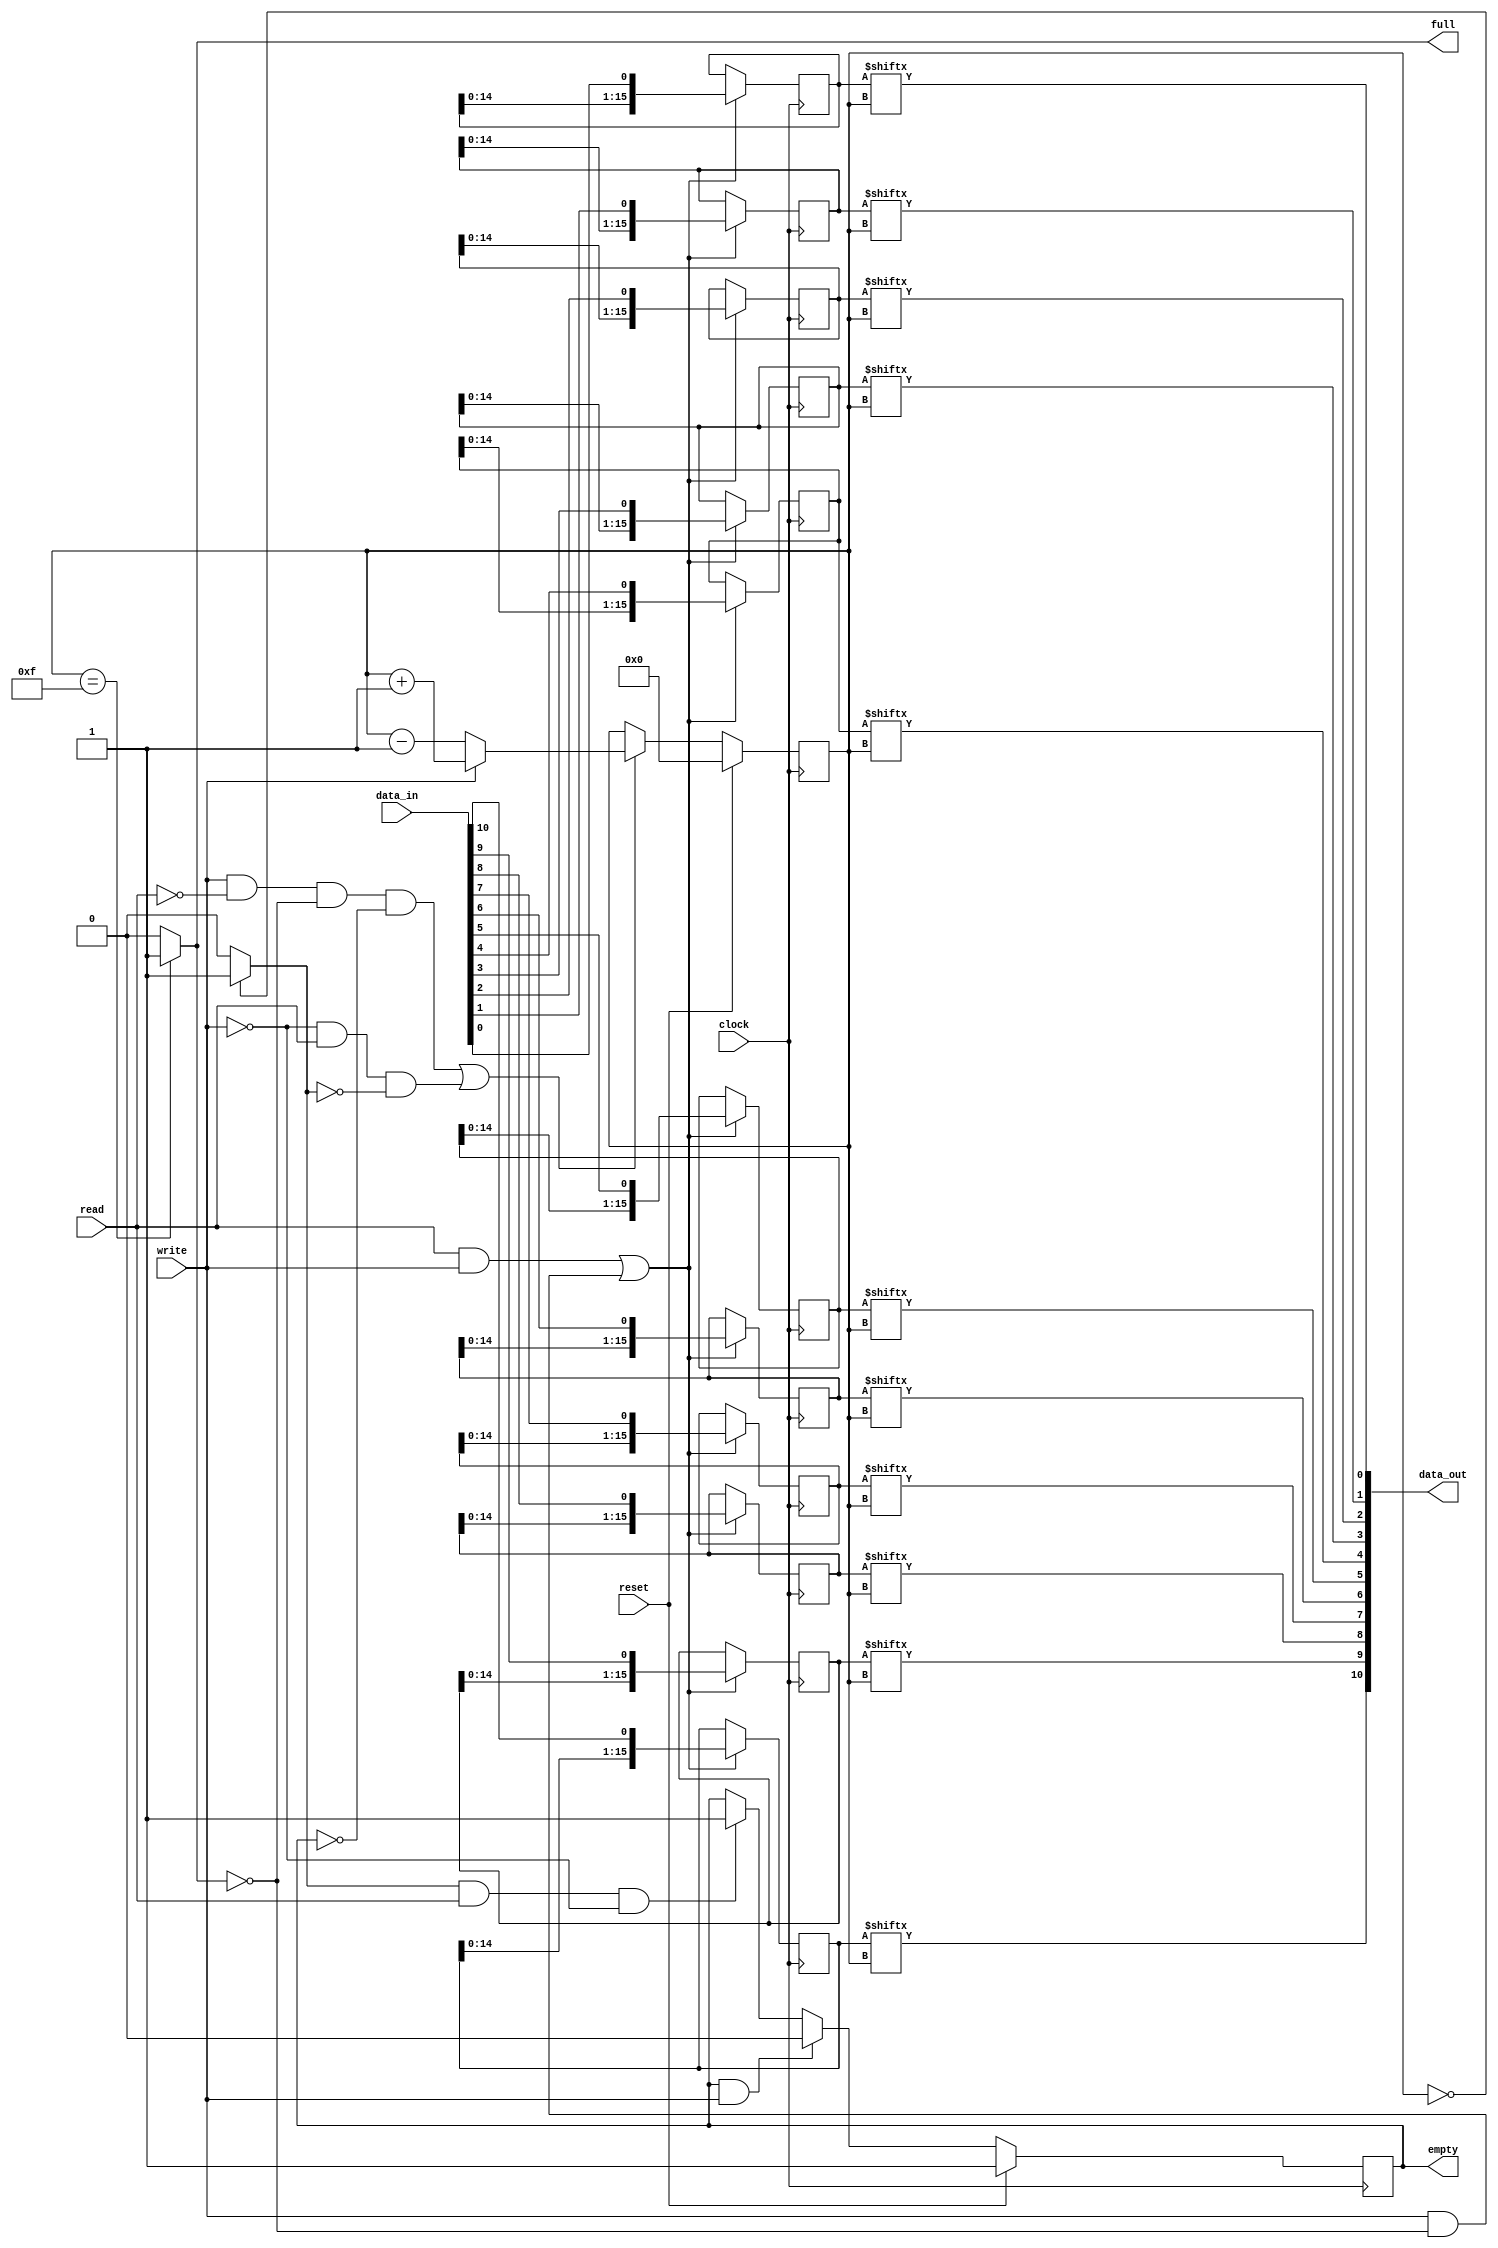
`timescale 1ns / 1ps
/* SRL16 based FIFO
 *
 * Verilog version adapted from OpenCores SRL FIFO project
 * http://www.opencores.org/project,srl_fifo
 */
module srl_fifo (
    clock,
    reset,
    data_in,
    data_out,
    write,
    read,
    full,
    empty
);
    parameter WIDTH = 11;
    parameter LOG_DEP = 4;
    localparam LENGTH = 1 << LOG_DEP;
    
    input                clock;
    input                reset;
    input   [WIDTH-1: 0] data_in;
    output  [WIDTH-1: 0] data_out;
    input                write;
    input                read;
    output               full;
    output               empty;
    
    
    // Control signals
    wire                 pointer_zero;
    wire                 pointer_full;
    wire                 valid_write;
    wire                 valid_count;
    
    reg                  empty;
    reg   [LOG_DEP-1: 0] pointer;
    
    // Output
    assign full = pointer_full;
    
    // SRL
    genvar i;
    generate
        for (i = 0; i < WIDTH; i = i + 1)
        begin : srl_array
            reg [LENGTH-1: 0] item;
            
            always @(posedge clock)
            begin
                if (valid_write)
                    item <= {item[LENGTH-2:0], data_in[i]};
            end
            
            // Output
            assign data_out[i] = item[pointer];
        end
    endgenerate
    
    // Valid write, high when valid to write data to the FIFO
    assign valid_write = ((read & write) | (write & ~pointer_full));
    
    // Empty state
    always @ (posedge clock)
    begin
        if (reset)
            empty <= 1'b1;
        else if (empty & write)
            empty <= 1'b0;
        else if (pointer_zero & read & ~write)
            empty <= 1'b1;
    end
    
    // W   R   Action
    // 0   0   pointer <= pointer
    // 0   1   pointer <= pointer - 1
    // 1   0   pointer <= pointer + 1
    // 1   1   pointer <= pointer
    
    assign valid_count = (write & ~read & ~pointer_full & ~empty) | (~write & read & ~pointer_zero);
    
    always @(posedge clock)
    begin
        if (reset)
            pointer <= 0;
        else if (valid_count)
            if (write)
                pointer <= pointer + 1;
            else
                pointer <= pointer - 1;
    end
    
    // Detect when pointer is zero and maximum
    assign pointer_zero = (pointer == 0) ? 1'b1 : 1'b0;
    assign pointer_full = (pointer == LENGTH - 1) ? 1'b1 : 1'b0;
    
endmodule